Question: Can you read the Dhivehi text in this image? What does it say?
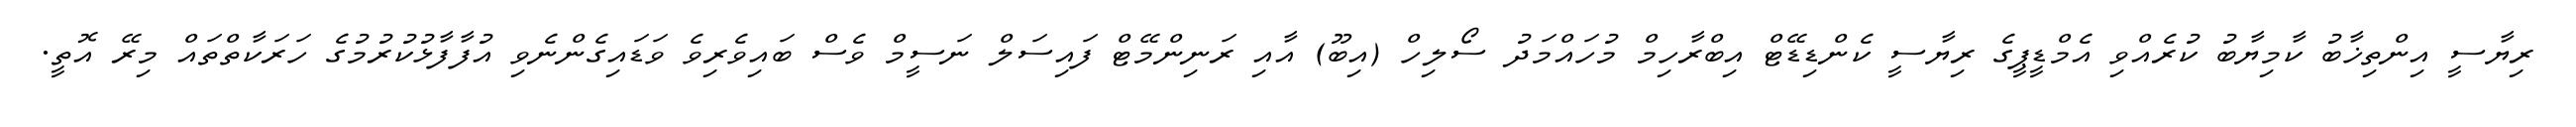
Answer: ރިޔާސީ އިންތިޚާބު ކާމިޔާބު ކުރެއްވި އެމްޑީޕީގެ ރިޔާސީ ކެންޑިޑޭޓް އިބްރާހިމް މުހައްމަދު ސޯލިހް (އިބޫ) އާއި ރަނިންމޭޓް ފައިސަލް ނަސީމް ވެސް ބައިވެރިވެ ވަޑައިގެންނެވި އުފާފާޅުކުރުމުގެ ހަރަކާތްތައް މިރޭ އޮތީ.